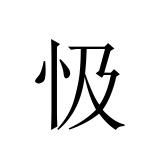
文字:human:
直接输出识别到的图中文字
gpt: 忣